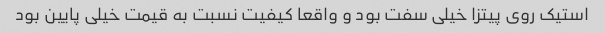
استیک روی پیتزا خیلی سفت بود و واقعا کیفیت نسبت به قیمت خیلی پایین بود